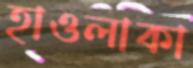
হাওলাকা